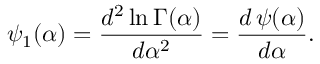
\psi _ { 1 } ( \alpha ) = { \frac { d ^ { 2 } \ln \Gamma ( \alpha ) } { d \alpha ^ { 2 } } } = { \frac { d \, \psi ( \alpha ) } { d \alpha } } .